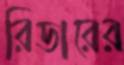
রিডারের